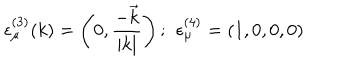
LaTeX: \epsilon _ { \mu } ^ { ( 3 ) } ( k ) = \left( 0 , \frac { - \vec { k } } { | k | } \right) ; \ \, \epsilon _ { \mu } ^ { ( 4 ) } = ( 1 , 0 , 0 , 0 )